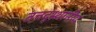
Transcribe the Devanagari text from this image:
तत्तद्स्थानीय